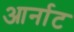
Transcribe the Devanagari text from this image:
आर्नाट